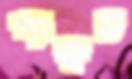
হুংকৃত